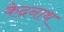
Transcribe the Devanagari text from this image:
केद्रनाथ